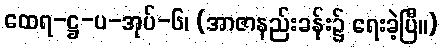
ထေရ-ဋ္ဌ-ပ-အုပ်-၆၊ (အာဇာနည်းခန်း၌ ရေးခဲ့ပြီ။)